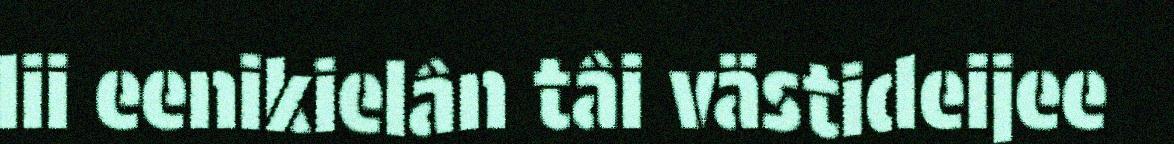
lii eenikielân tâi västideijee